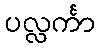
ပလ္လင်္ကာ